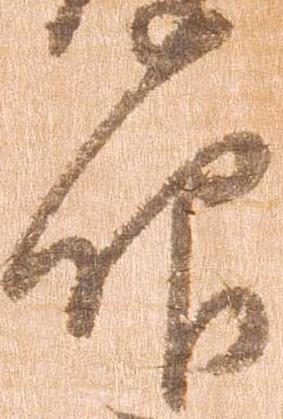
仰